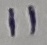
Text: 11